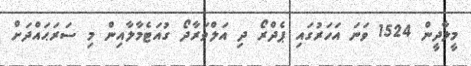
މީލާދީން 1524 ވަނަ އަހަރުގައި ޕެދްރޯ ދި އަލްވަރާދޯ ގުއަޓެމާލާއިން މި ސަރަޙައްދަށް